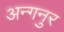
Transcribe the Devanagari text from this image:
अन्गनुर